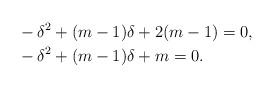
LaTeX: \begin{align*}&-\delta^{2}+(m-1)\delta+2(m-1)=0,\\&-\delta^{2}+(m-1)\delta+m=0.\end{align*}